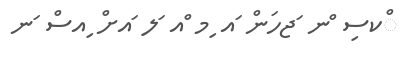
ްކސި ްނ ަޖހަން ައ ިމ ްއ ަލ ައށް ިއސް ަނ